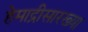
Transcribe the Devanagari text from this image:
हेमाद्रीसारख्या